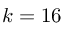
k = 1 6